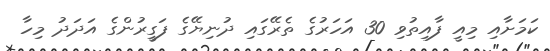
ކަމަށާއި މިއީ ފާއިތުވި 30 އަހަރުގެ ތެރޭގައި ދުނިޔޭގެ ފަގީރުންގެ އަދަދު މިހާ